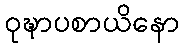
ဝုဍ္ဎာပစာယိနော